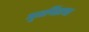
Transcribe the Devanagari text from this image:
मूत्रपिंडाचा